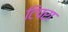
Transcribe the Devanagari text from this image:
टिपरा